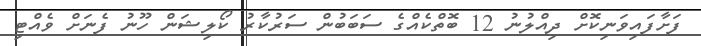
ފަށާފައިވަނިކޮށް ދިއްލުނު 12 ބޮތްކެއްގެ ސަބަބުން ސަރުކާރު ކޯލިޝަން ހޫނު ފެނަށް ވެއްޓި